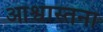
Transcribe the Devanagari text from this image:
आश्वास्तना